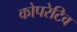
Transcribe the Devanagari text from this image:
कोपरेटिव